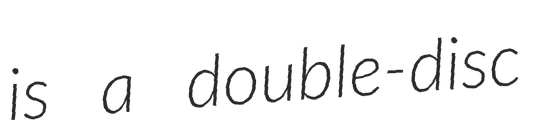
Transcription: is a double-disc